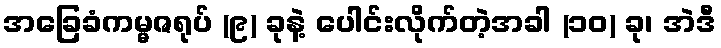
အခြေခံကမ္မဇရုပ် (၉) ခုနဲ့ ပေါင်းလိုက်တဲ့အခါ (၁၀) ခု၊ အဲဒီ